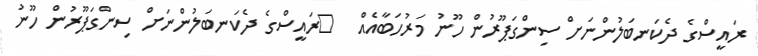
ރައީސްގެ ދެކަނބަލުންނަށް ސިންގަޕޫރުން ހޫނު މަރުހަބާއެއް  	ރައީސްގެ ދެކަނބަލުންނަށް ސިންގަޕޫރުން ހޫނު